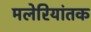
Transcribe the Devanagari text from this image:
मलेरियांतक